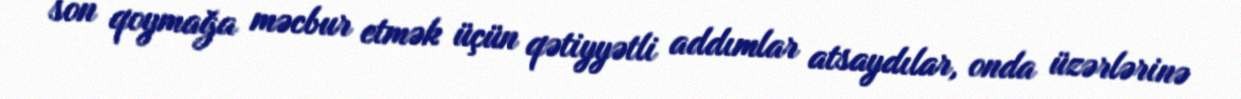
son qoymağa məcbur etmək üçün qətiyyətli addımlar atsaydılar, onda üzərlərinə